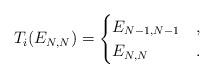
LaTeX: \begin{gather*}T_i (E_{N,N}) = \begin{cases}E_{N-1,N-1} & , \\E_{N,N} & .\end{cases}\end{gather*}